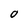
Character: O